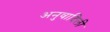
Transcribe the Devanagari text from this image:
अनुवादिली